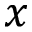
x